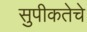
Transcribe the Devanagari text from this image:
सुपीकतेचे